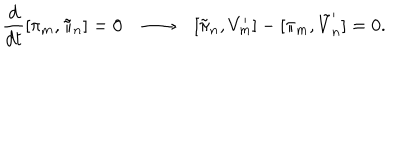
\frac { d } { d t } [ \pi _ { m } , \tilde { \pi } _ { n } ] = 0 \longrightarrow [ \tilde { \pi } _ { n } , V _ { m } ^ { \prime } ] - [ \pi _ { m } , \tilde { V } _ { n } ^ { \prime } ] = 0 .